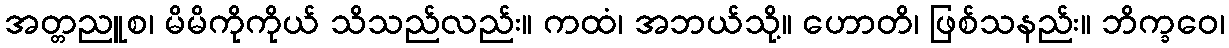
အတ္တညူစ၊ မိမိကိုကိုယ် သိသည်လည်း။ ကထံ၊ အဘယ်သို့။ ဟောတိ၊ ဖြစ်သနည်း။ ဘိက္ခဝေ၊